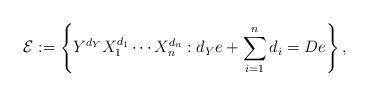
\begin{align*}\mathcal{E}:=\left\{Y^{d_{Y}}X_{1}^{d_{1}}\cdots X_{n}^{d_{n}}:d_{Y}e+\sum_{i=1}^{n}d_{i}=De\right\},\end{align*}